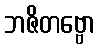
ဘဇိတဗ္ဗော